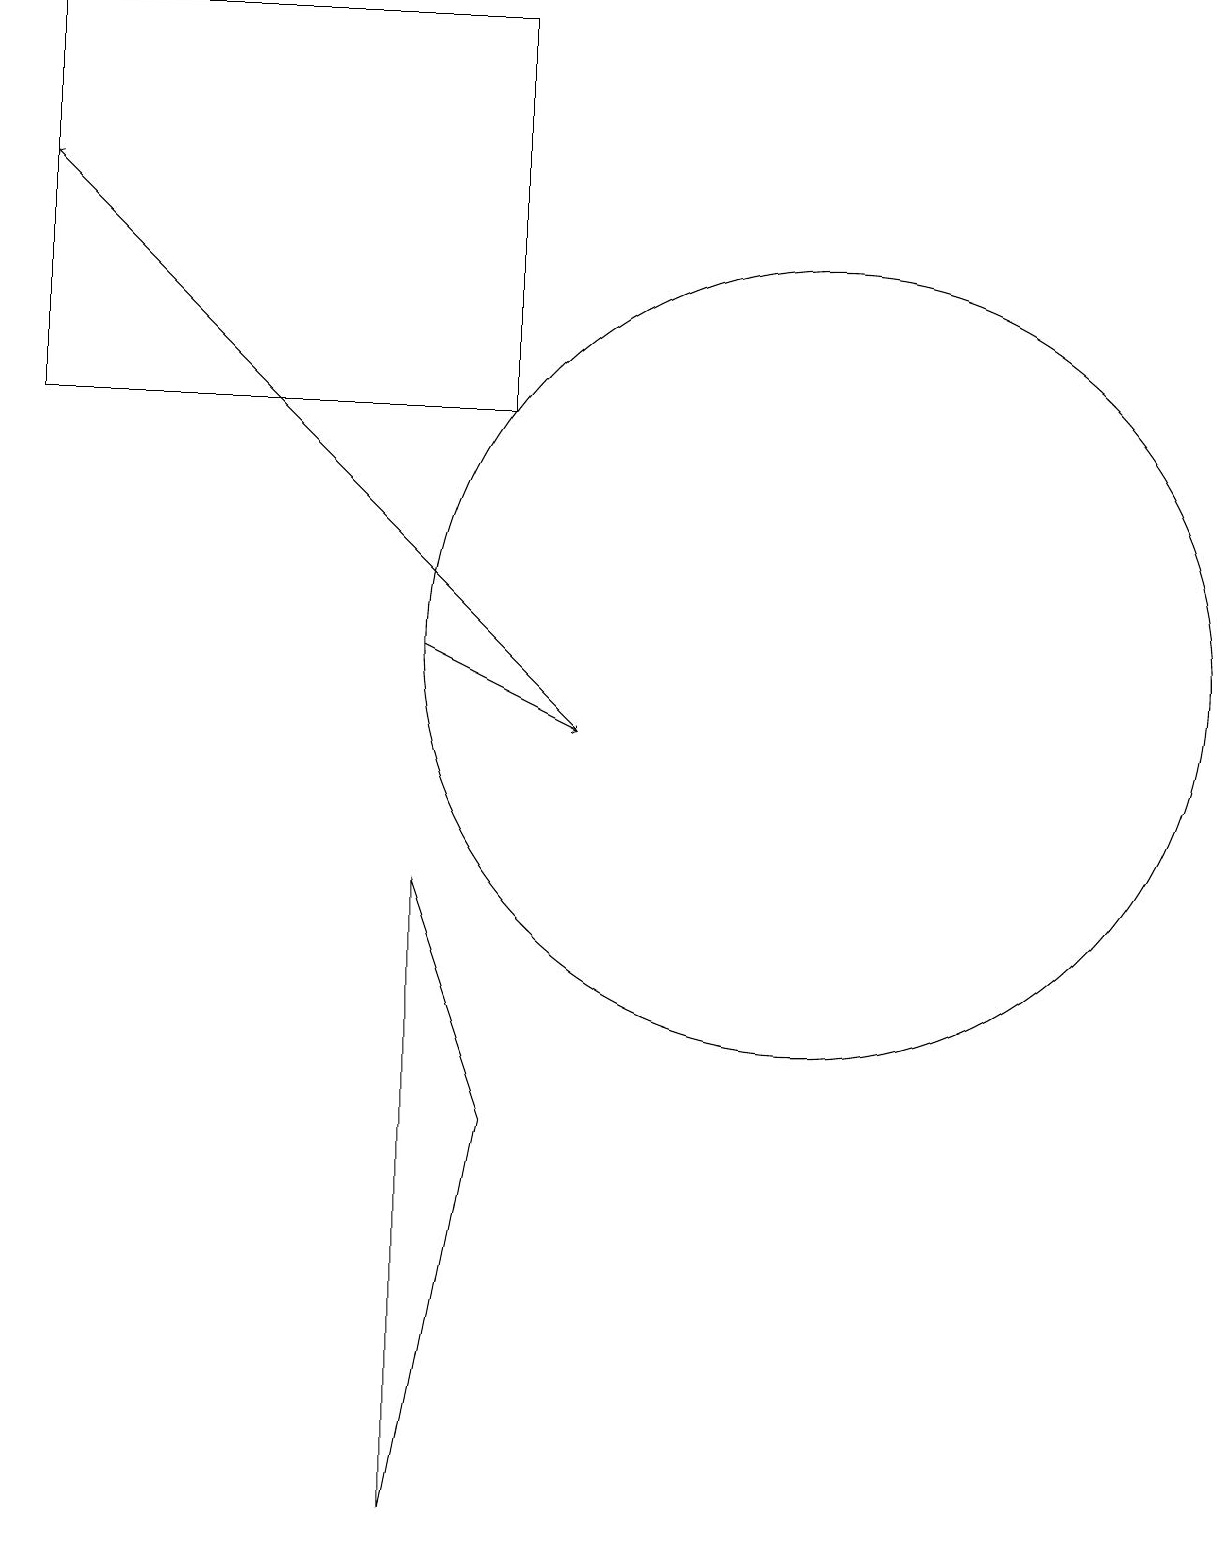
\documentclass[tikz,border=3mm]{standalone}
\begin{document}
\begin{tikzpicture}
\draw[->] (6,11) -- (8,10);
\draw (11,11) circle (5);
\draw (7,5) -- (6,0) -- (6,8) -- cycle;
\draw (7,14) rectangle (1,19);
\draw (11,10) circle (0);
\draw (10,10) circle (0);
\draw[->] (8,10) -- (1,17);
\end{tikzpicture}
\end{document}